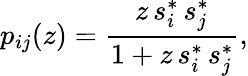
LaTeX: p_{ij}(z)=\frac{z\, s_{i}^{*}\, s_{j}^{*}}{1+z\, s_{i}^{*}\, s_{j}^{*}},